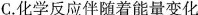
C.化学反应伴随着能量变化